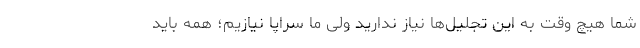
شما هیچ وقت به این تجلیل‌ها نیاز ندارید ولی ما سراپا نیازیم؛ همه باید